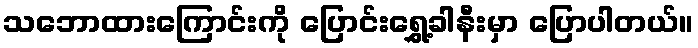
သဘောထားကြောင်းကို ပြောင်းရွှေ့ခါနီးမှာ ပြောပါတယ်။